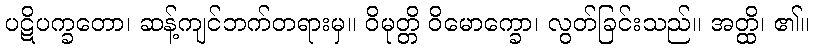
ပဋိပက္ခတော၊ ဆန့်ကျင်ဘက်တရားမှ။ ဝိမုတ္တိ ဝိမောက္ခော၊ လွတ်ခြင်းသည်။ အတ္ထိ၊ ၏။